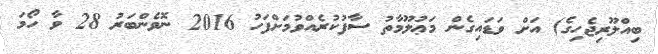
ބިއްލޫރިޖެހިގެ) އަށް ވަޑައިގެން މަޢުލޫމާތު ސާފުކުރެއްވުމަށްފަހު 2016 ނޮވެންބަރު 28 ވާ ހޯމަ